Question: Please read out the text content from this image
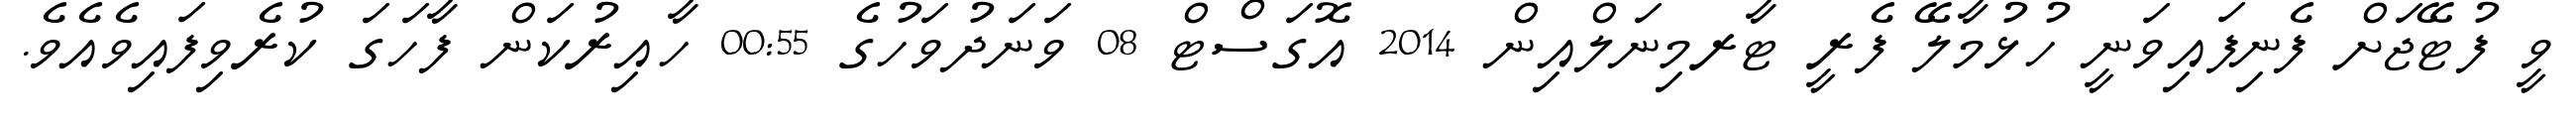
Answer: ވީ ފުޓޭޖަށް ފެނިފައިވަނީ ހުޅުމާލޭ ފެރީ ޓާރމިނަލްއިން 2014 އޮގަސްޓް 08 ވަނަދުވަހުގެ 00:55 ހާއިރުކަން ފާހަގަ ކުރެވިފައިވެއެވެ.